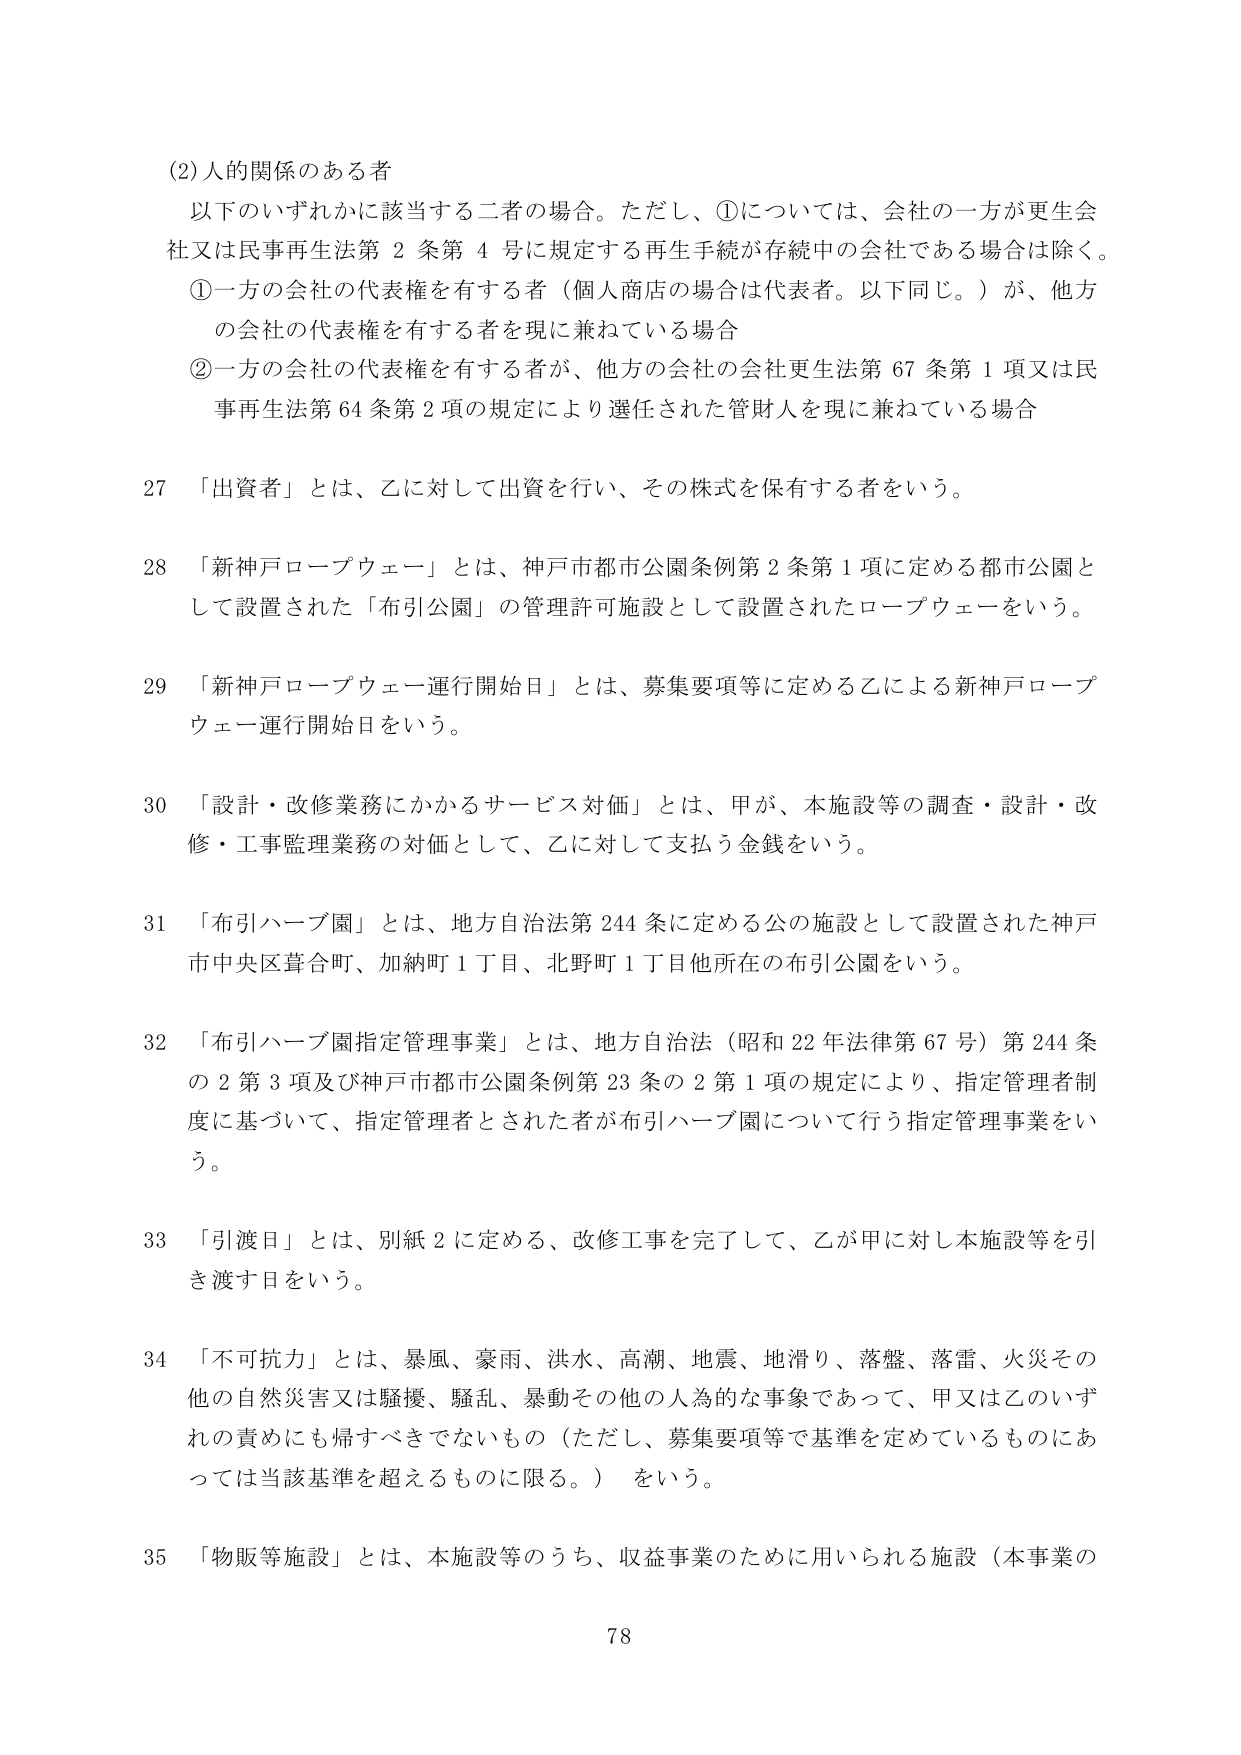
(2) 人的関係のある者
以下のいずれかに該当する二者の場合。ただし、①については、会社の一方が更生会社又は民事再生法第2条第4号に規定する再生手続が存続中の会社である場合は除く。
① 一方の会社の代表権を有する者（個人商店の場合は代表者。以下同じ。）が、他方の会社の代表権を有する者を現に兼ねている場合
② 一方の会社の代表権を有する者が、他方の会社の会社更生法第67条第1項又は民事再生法第64条第2項の規定により選任された管財人を現に兼ねている場合

27 「出資者」とは、乙に対して出資を行い、その株式を保有する者をいう。

28 「新神戸ロープウェー」とは、神戸市都市公園条例第2条第1項に定める都市公園として設置された「布引公園」の管理許可施設として設置されたロープウェーをいう。

29 「新神戸ロープウェー運行開始日」とは、募集要項等に定める乙による新神戸ロープウェー運行開始日をいう。

30 「設計・改修業務にかかるサービス対価」とは、甲が、本施設等の調査・設計・改修・工事監理業務の対価として、乙に対して支払う金銭をいう。

31 「布引ハーブ園」とは、地方自治法第244条に定める公の施設として設置された神戸市中央区葺合町、加納町1丁目、北野町1丁目他所在の布引公園をいう。

32 「布引ハーブ園指定管理事業」とは、地方自治法（昭和22年法律第67号）第244条の2第3項及び神戸市都市公園条例第23条の2第1項の規定により、指定管理者制度に基づいて、指定管理者とされた者が布引ハーブ園について行う指定管理事業をいう。

33 「引渡日」とは、別紙2に定める、改修工事を完了して、乙が甲に対し本施設等を引き渡す日をいう。

34 「不可抗力」とは、暴風、豪雨、洪水、高潮、地震、地滑り、落盤、落雷、火災その他の自然災害又は騒擾、騒乱、暴動その他の人為的な事象であって、甲又は乙のいずれの責めにも帰すべきでないもの（ただし、募集要項等で基準を定めているものにあっては当該基準を超えるものに限る。）をいう。

35 「物販等施設」とは、本施設等のうち、収益事業のために用いられる施設（本事業の

78